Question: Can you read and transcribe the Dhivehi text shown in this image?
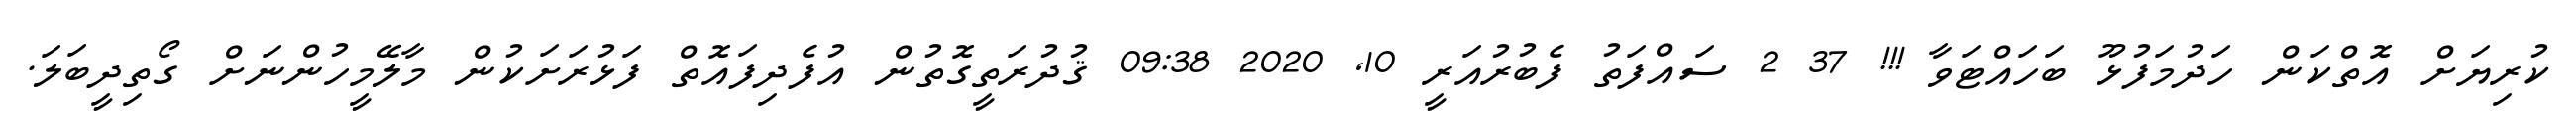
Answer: ކުރިޔަށް އޮތްކަން ހަދުމަފުޅޫ ބަހައްޓަވާ !!! 37 2 ސައްފަތު ފެބުރުއަރީ 10, 2020 09:38 ޤުދުރަތީގޮތުން އުފެދިފައޮތް ފަޅުރަށަކުން މާލޭމީހުންނަށް ގޯތިދީބަލަ.